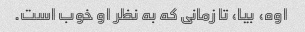
اوه، بیا، تا زمانی که به نظر او خوب است.